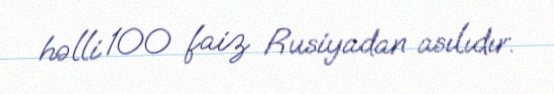
həlli 100 faiz Rusiyadan asılıdır.